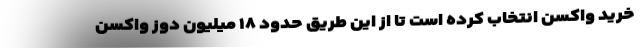
خرید واکسن انتخاب کرده است تا از این طریق حدود ۱۸ میلیون دوز واکسن